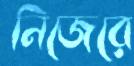
নিজেরে